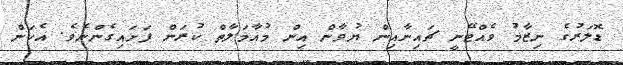
ޑޮލަރުގެ ނިޒާމު ވެއްޓޭނީ ޗައިނާއިން ޔުވާން އިން މުއާމަލާތް ކުރަން ފަށައިގެންނެވެ. އެކަން